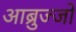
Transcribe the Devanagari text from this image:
आब्रुज्जो